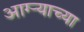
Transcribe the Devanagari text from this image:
आग्ऱ्याच्या